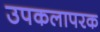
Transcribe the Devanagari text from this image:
उपकलापरक